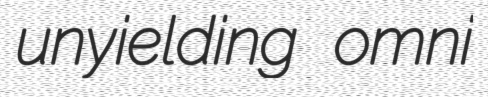
unyielding omni